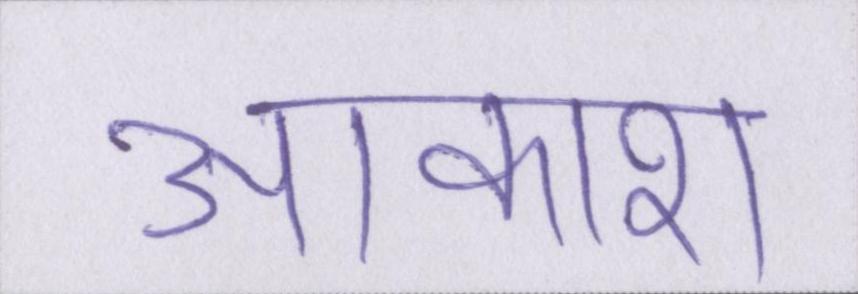
आकाश